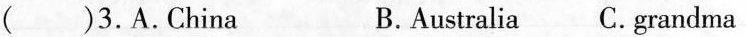
( )3.A.China B.Australia C.grandma